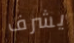
يشرف